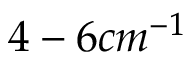
4 - 6 c m ^ { - 1 }